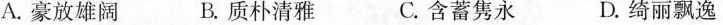
A.豪放雄阔 B.质朴清雅 C.含蓄隽永 D.绮丽飘逸